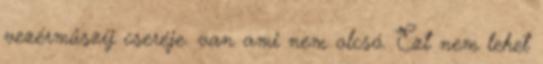
vezérműszíj cseréje. van ami nem olcsó. Ezt nem lehet